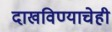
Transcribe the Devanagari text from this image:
दाखविण्याचेही